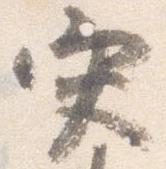
災